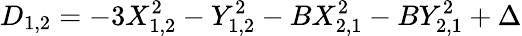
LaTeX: D_{1,2}=-3X_{1,2}^{2}-Y_{1,2}^{2}-BX_{2,1}^{2}-BY_{2,1}^{2}+\Delta